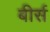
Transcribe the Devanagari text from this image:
बीर्स